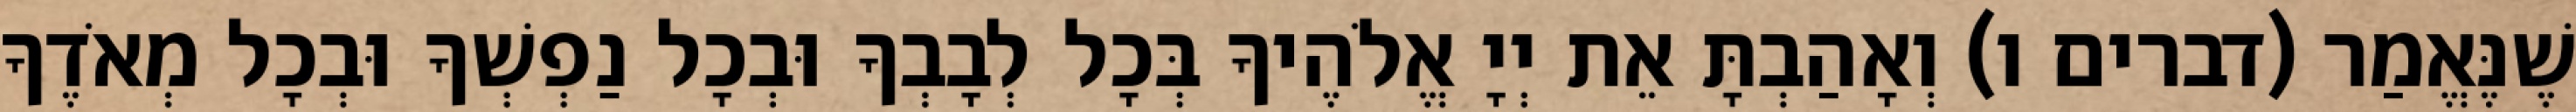
שֶׁנֶּאֱמַר (דברים ו) וְאָהַבְתָּ אֵת יְיָ אֱלֹהֶיךָ בְּכָל לְבָבְךָ וּבְכָל נַפְשְׁךָ וּבְכָל מְאֹדֶךָ